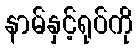
နာမ်နှင့်ရုပ်ကို